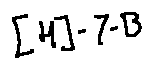
[ H ] - l - B